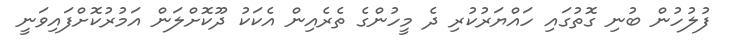
ފުލުހުން ބުނި ގޮތުގައި ހައްޔަރުކުރި ދެ މީހުންގެ ތެރެއިން އެކަކު ދޫކޮށްލަން އަމުރުކޮށްފައިވަނީ